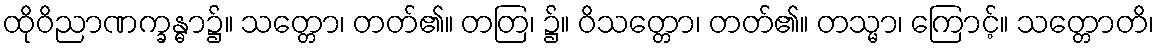
ထိုဝိညာဏက္ခန္ဓာ၌။ သတ္တော၊ တတ်၏။ တတြ၊ ၌။ ဝိသတ္တော၊ တတ်၏။ တသ္မာ၊ ကြောင့်။ သတ္တောတိ၊